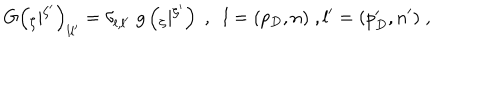
G \left( { } _ { \zeta } | { } ^ { \zeta ^ { \prime } } \right) _ { l l ^ { \prime } } = \delta _ { l , l ^ { \prime } } \; g \left( { } _ { \zeta } | { } ^ { \zeta ^ { \prime } } \right) \; , \; \; l = ( p _ { D } , n ) \; , l ^ { \prime } = ( p _ { D } ^ { \prime } , n ^ { \prime } ) \; ,